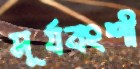
সূর্যবংশী